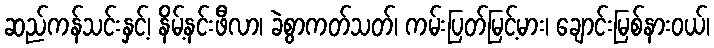
ဆည်ကန်သင်းနှင့်၊ နိမ့်နင်းဖီလာ၊ ခဲစွာကတ်သတ်၊ ကမ်းပြတ်မြင့်မား၊ ချောင်းမြစ်နားဝယ်၊